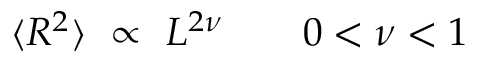
\langle R ^ { 2 } \rangle \ \propto \ L ^ { 2 \nu } \qquad 0 < \nu < 1